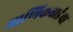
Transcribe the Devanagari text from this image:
माणिकबाईंचा